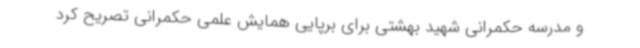
و مدرسه حکمرانی شهید بهشتی برای برپایی همایش علمی حکمرانی تصریح کرد